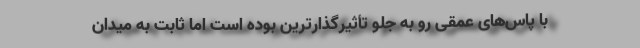
با پاس‌های عمقی رو به جلو تأثیرگذارترین بوده است اما ثابت به میدان